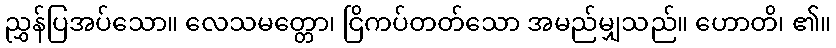
ညွှန်ပြအပ်သော။ လေသမတ္တော၊ ငြိကပ်တတ်သော အမည်မျှသည်။ ဟောတိ၊ ၏။